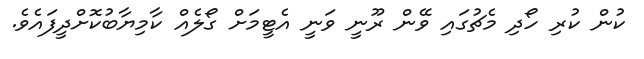
ކުން ކުރި ހޯދި މެޗުގައި ވޭން ރޫނީ ވަނީ އެޓީމަށް ގޯލެއް ކާމިޔާބުކޮށްދީފައެވެ.